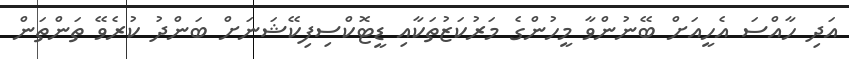
އަދި ހާއްސަ އެހީއަށް ބޭނުންވާ މީހުންގެ މަރުކަޒުތަކާއި ޑީޓޮކްސިފިކޭޝަނަށް ބަންދު ކުރެވޭ ތަންތަން